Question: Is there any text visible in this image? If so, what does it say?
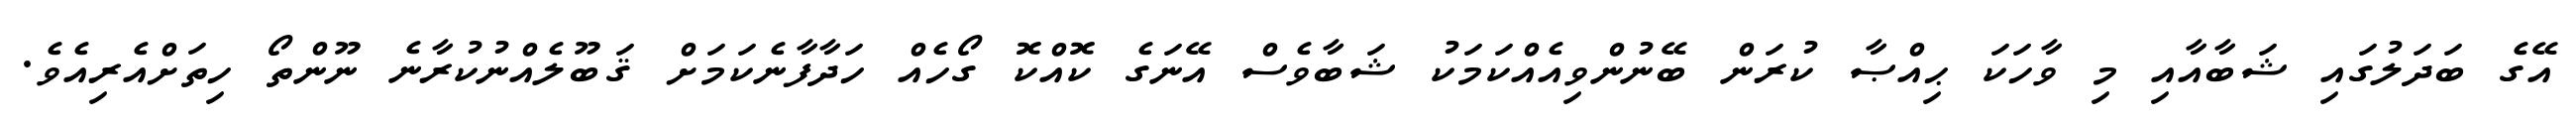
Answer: އޭގެ ބަދަލުގައި ޝަބާއާއި މި ވާހަކަ ޙިއްޞާ ކުރަން ބޭނުންވިއެއްކަމަކު ޝަބާވެސް އޭނަގެ ކޮއްކޮ ގޯހެއް ހަދާފާނެކަމަށް ޤަބޫލެއްނުކުރާނެ ނޫންތޯ ހިތަށްއެރިއެވެ.